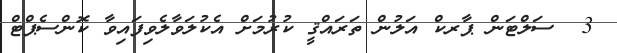
3  ސަލްޓަން ޕާރކް އަލުން ތަރައްޤީ ކުރުމަށް އެކުލަވާލެވިފައިވާ ކޮންސެޕްޓް